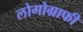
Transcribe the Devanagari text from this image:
लोगोग्राफी